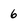
Character: 6